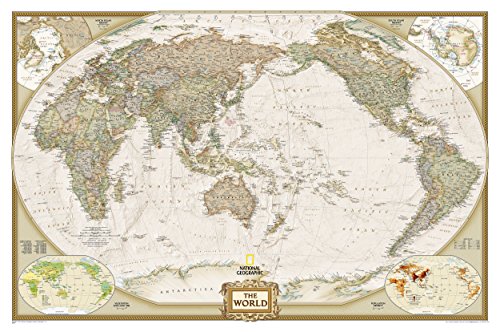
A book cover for World Executive, Pacific Centered [Tubed] (National Geographic Reference Map); National Geographic Maps - Reference; Reference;